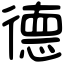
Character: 德